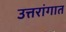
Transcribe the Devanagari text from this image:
उत्तरांगात